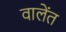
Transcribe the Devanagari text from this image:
वालेंत